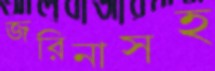
জরিনাসহ